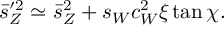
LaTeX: \bar { s } _ { Z } ^ { \prime 2 } \simeq \bar { s } _ { Z } ^ { 2 } + s _ { W } c _ { W } ^ { 2 } \xi \tan \chi .